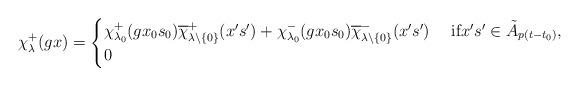
LaTeX: \begin{align*}\chi^+_\lambda(gx)=\begin{cases}\chi_{\lambda_0}^+(g x_0s_0)\overline{\chi}_{\lambda\backslash\{0\}}^+(x's')+\chi_{\lambda_0}^-(g x_0s_0)\overline{\chi}_{\lambda\backslash\{0\}}^-(x's')&\text{ if}x's'\in\tilde{A}_{p(t-t_0)},\\0 &\end{cases}\end{align*}